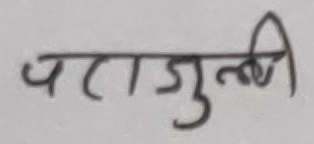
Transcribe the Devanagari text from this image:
पराजुली